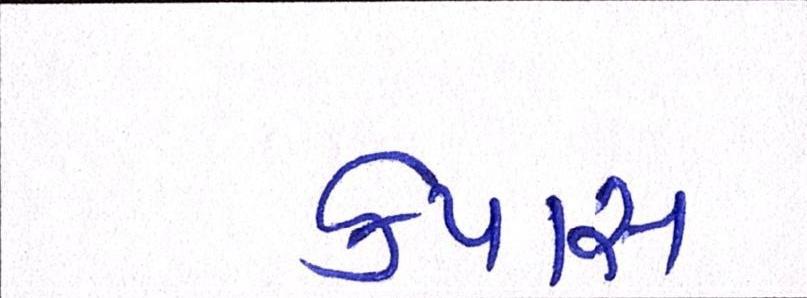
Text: કપાસ